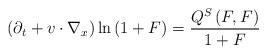
LaTeX: \begin{align*}\left(\partial_t+v\cdot\nabla_x \right)\ln\left(1+F\right)=\frac{Q^S\left(F,F \right)}{1+F} \end{align*}